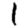
Digit: 1